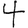
Digit: 4